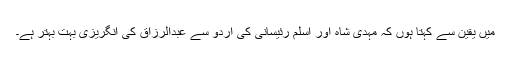
میں یقین سے کہتا ہوں کہ مہدی شاہ اور اسلم رئیسانی کی اردو سے عبدالرزاق کی انگریزی بہت بہتر ہے۔